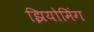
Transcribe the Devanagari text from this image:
झियोमिंग